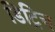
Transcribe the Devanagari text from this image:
डिट्रिच